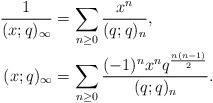
LaTeX: \begin{align*}\frac{1}{(x;q)_\infty} & = \sum_{n \geq 0} \frac{x^n}{(q;q)_n}, \\(x;q)_\infty &= \sum_{n \geq 0} \frac{(-1)^n x^n q^{\frac{n(n-1)}{2}}}{(q;q)_n}.\end{align*}